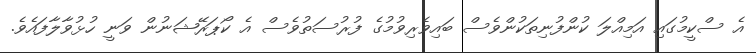
އެ ސްކީމުގައި އަމިއްލަ ކުންފުނިތަކުންވެސް ބައިވެރިވުމުގެ ފުރުސަތުވެސް އެ ކޯޕަރޭޝަނުން ވަނީ ހުޅުވާލާފައެވެ.